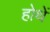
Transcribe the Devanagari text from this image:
होथें